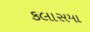
કલાસમા